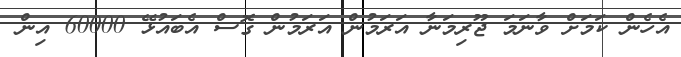
އެހެން ކަމަށް ވާނަމަ ޖޫރިމަނާ އަރަމުން އަރަމުން ގޮސް އެބައުޅޭ 60000 އިން